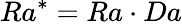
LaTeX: Ra^{*}=Ra\cdot Da